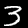
Digit: 3